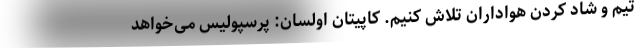
تیم و شاد کردن هواداران تلاش کنیم. کاپیتان اولسان: پرسپولیس می‌خواهد